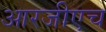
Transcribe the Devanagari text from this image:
आरजीएच